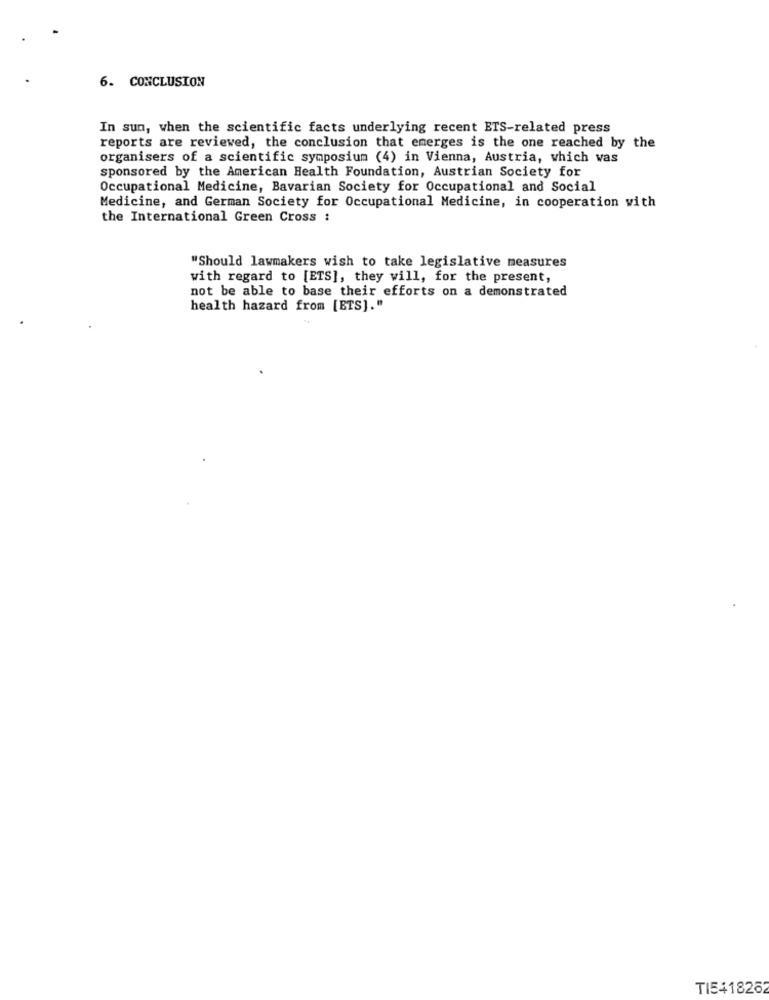
6. CONCLUSION
In sun, when the scientific facts underlying recent ETS-related press
reports are reviewed, the conclusion that emerges is the one reached by the
organisers of a scientific symposium (4) in Vienna, Austria, which was
sponsored by the American Health Foundation, Austrian Society for
Occupational Medicine, Bavarian Society for Occupational and Social
Medicine, and German Society for Occupational Medicine, in cooperation with
the International Green Cross :
"Should lawmakers wish to take legislative measures
with regard to [ETS], they will, for the present,
not be able to base their efforts on a demonstrated
health hazard from [BTS]."
TI541826